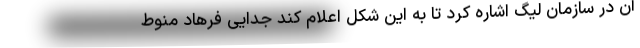
آن در سازمان لیگ اشاره کرد تا به این شکل اعلام کند جدایی فرهاد منوط